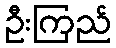
ဦးကြည်